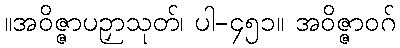
။အဝိဇ္ဇာပဉှာသုတ်၊ ပါ-၄၅၁။ အဝိဇ္ဇာဝဂ်